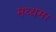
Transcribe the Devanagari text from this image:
मध्यम।